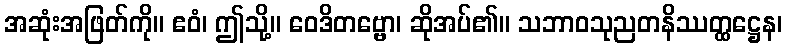
အဆုံးအဖြတ်ကို။ ဧဝံ၊ ဤသို့။ ဝေဒိတဗ္ဗော၊ ဆိုအပ်၏။ သဘာဝသုညတနိဿတ္ထဋ္ဌေန၊